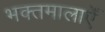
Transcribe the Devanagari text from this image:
भक्तमालाएँ